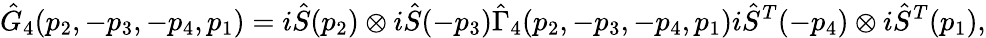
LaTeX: \hat{G}_{4}(p_{2},-p_{3},-p_{4},p_{1})=i\hat{S}(p_{2})\otimes i\hat{S}(-p_{3})\hat{\Gamma}_{4}(p_{2},-p_{3},-p_{4},p_{1})i\hat{S}^{T}(-p_{4})\otimes i\hat{S}^{T}(p_{1}),